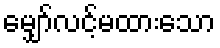
မျှော်လင့်မထားသော